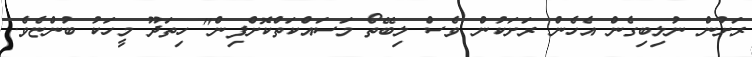
ރަށުން ނުލިބިގެން އެހެން ރަށަކުން ވެސް ލިބޭތޯ މަސައްކަތްކޮށްފިން" ހިތަދޫ މީހަކު ބުންޏެވެ.